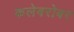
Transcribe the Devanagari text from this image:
कलेबरोबर